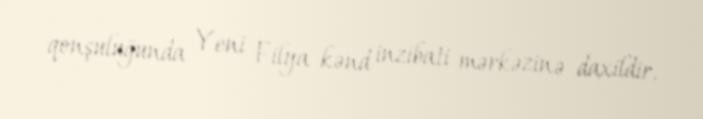
qonşuluğunda Yeni Filya kənd inzibati mərkəzinə daxildir.